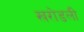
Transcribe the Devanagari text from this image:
खरोडली